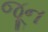
જૂૂન